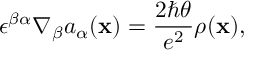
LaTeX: \epsilon ^ { \beta \alpha } \nabla _ { \beta } a _ { \alpha } ( { \bf x } ) = { \frac { 2 \hbar \theta } { e ^ { 2 } } } \rho ( { \bf x } ) ,